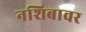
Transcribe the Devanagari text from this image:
नशिबावर